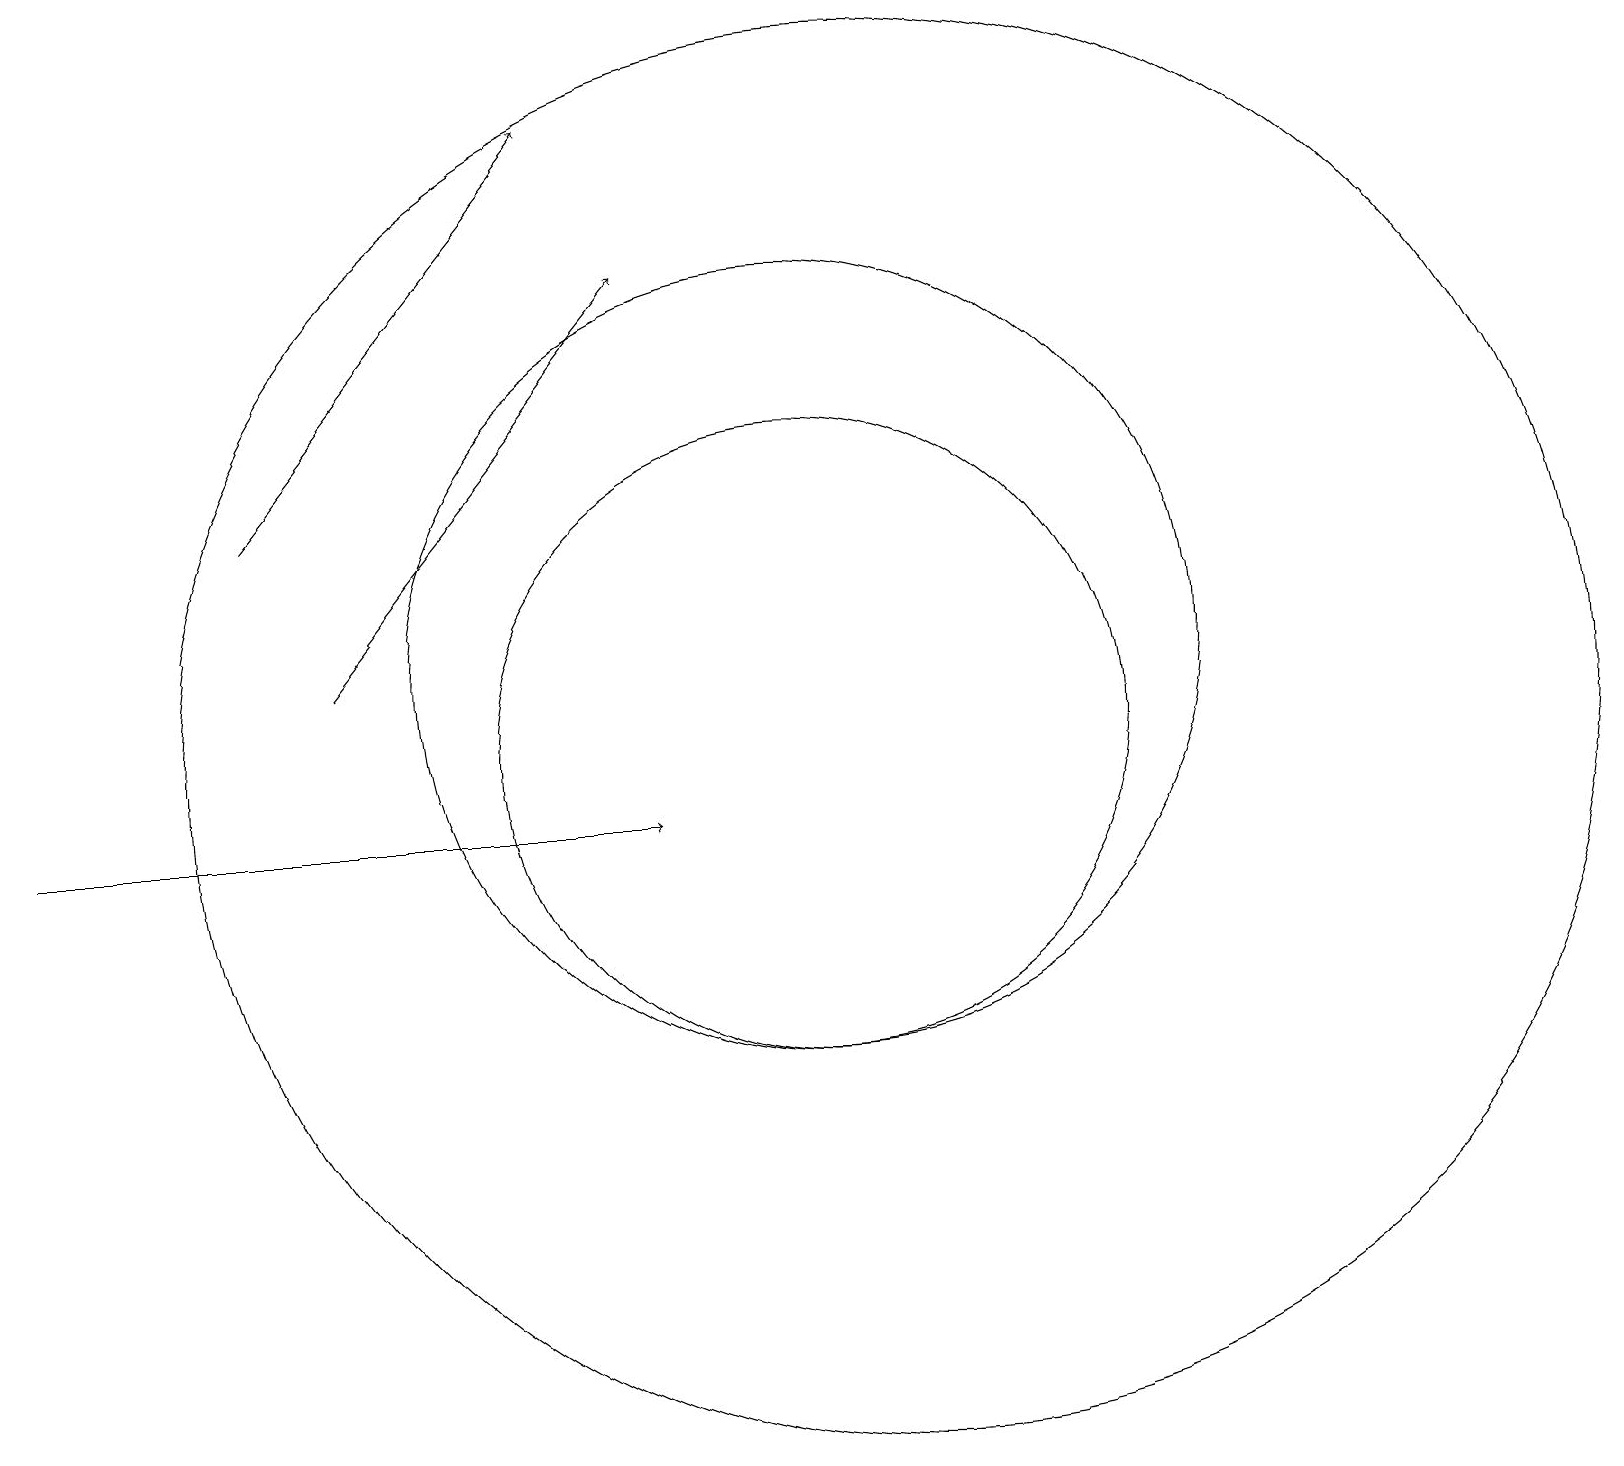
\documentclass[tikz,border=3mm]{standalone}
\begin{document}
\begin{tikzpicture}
\draw (10,11) circle (4);
\draw (11,11) circle (9);
\draw[->] (3,14) -- (7,19);
\draw[->] (4,12) -- (8,17);
\draw[->] (0,10) -- (8,10);
\draw (10,12) circle (5);
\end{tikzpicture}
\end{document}